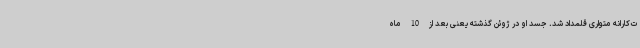
ت‌کارانه متواری قلمداد شد. جسد او در ژوئن گذشته یعنی بعد از 10 ماه